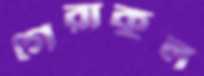
গেরাকুল